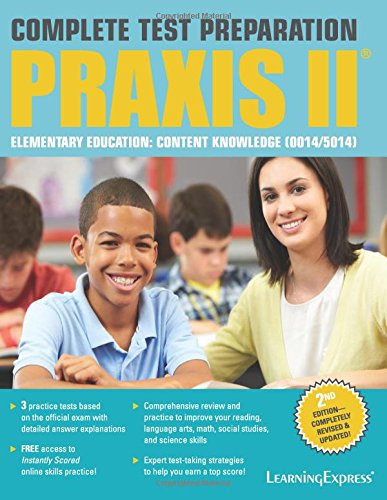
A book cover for Praxis II: Elementary Education Content Knowledge (0014 and 5014); LearningExpress LLC; Test Preparation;